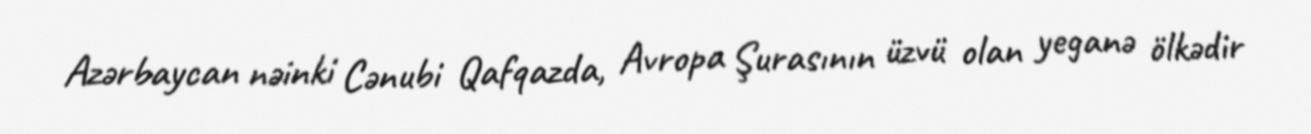
Azərbaycan nəinki Cənubi Qafqazda, Avropa Şurasının üzvü olan yeganə ölkədir